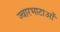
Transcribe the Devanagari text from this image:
ज्वारभाटाओं